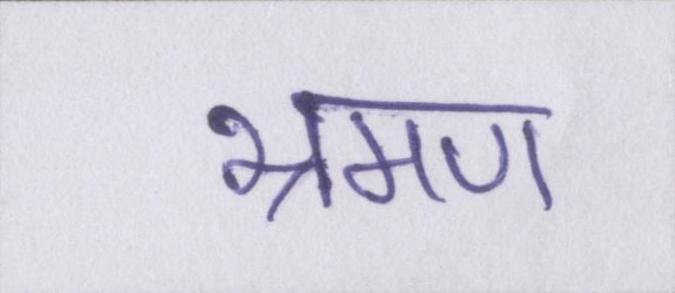
भ्रमण